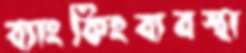
ব্যাংকিংব্যবস্থা